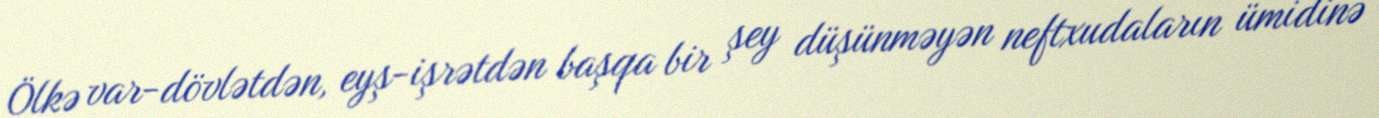
Ölkə var-dövlətdən, eyş-işrətdən başqa bir şey düşünməyən neftxudaların ümidinə